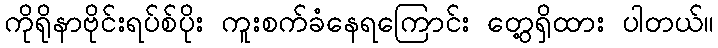
ကိုရိုနာဗိုင်းရပ်စ်ပိုး ကူးစက်ခံနေရကြောင်း တွေ့ရှိထား ပါတယ်။